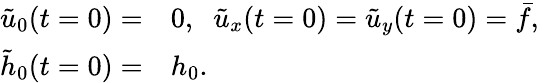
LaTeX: \begin{array}{rl}{\tilde{u}_{0}(t=0)=}&{{}0,\; \; \tilde{u}_{x}(t=0)=\tilde{u}_{y}(t=0)=\bar{f},\; \; }\\ {\tilde{h}_{0}(t=0)=}&{{}h_{0}.}\end{array}